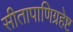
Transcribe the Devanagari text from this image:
सीतापाणिग्रहेष्ट